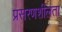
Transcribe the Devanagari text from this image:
प्रसरणशीलता